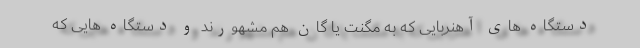
دستگاه های آهنربایی که به مگنت یا گان هم مشهورند و دستگاه هایی که